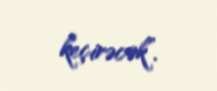
keçirəcək”.